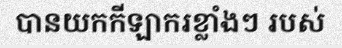
បានយកកីឡាករខ្លាំងៗ របស់